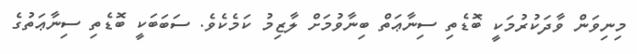
މިނިވަން ވާދަކުރުމަކީ ބޮޑެތި ސިނާޢަތް ބިނާވުމަށް ލާޒިމު ކަމެކެވެ. ސަބަބަކީ ބޮޑެތި ސިނާޢަތުގެ